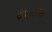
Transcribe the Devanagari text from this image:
दंपतीस